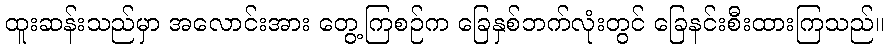
ထူးဆန်းသည်မှာ အလောင်းအား တွေ့ကြစဉ်က ခြေနှစ်ဘက်လုံးတွင် ခြေနင်းစီးထားကြသည်။